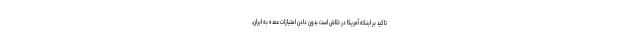
تاکید بر اینکه آمریکا در تلاش است بدون دادن امتیازات عمده به ایران،